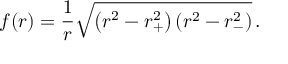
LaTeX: f ( r ) = { \frac { 1 } { r } } \sqrt { \left( r _ { \vphantom + } ^ { 2 } - r _ { + } ^ { 2 } \right) \left( r _ { \vphantom - } ^ { 2 } - r _ { - } ^ { 2 } \right) } \, .